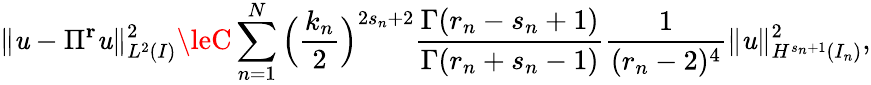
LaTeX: \| \mathit{u}-\Pi^{\mathbf{{r}}}\mathit{u}\| _{L^{2}(I)}^{2}\leC\displaystyle\sum_{n=1}^{N}\Big(\displaystyle\frac{{k_{n}}}{{2}}\Big)^{2s_{n}+2}\displaystyle\frac{{\Gamma(r_{n}-s_{n}+1)}}{{\Gamma(r_{n}+s_{n}-1)}}\displaystyle\frac{{1}}{{(r_{n}-2)^{4}}}\| \mathit{u}\| _{H^{s_{n}+1}(I_{n})}^{2},